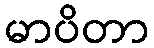
မာပိတာ